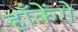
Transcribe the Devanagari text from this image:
हाँकेंगे